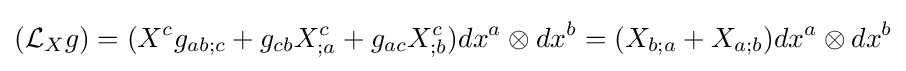
({\mathcal {L}}_{X}g)=(X^{c}g_{ab;c}+g_{cb}X_{;a}^{c}+g_{ac}X_{;b}^{c})dx^{a}\otimes dx^{b}=(X_{b;a}+X_{a;b})dx^{a}\otimes dx^{b}